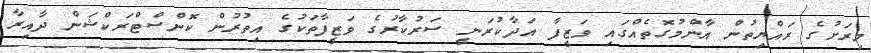
މިރަށުގެ ރައްޔިތުން އާންމުގޮތެއްގައި ވަޒީފާ އަދާކުރަނީ ސަރުކާރުގެ ވަޒީފާތަކުގެ އިތުރުން ކޮންސްޓްރަކްޝަން ދާއިރާ